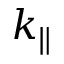
k _ { \parallel }